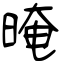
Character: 晻